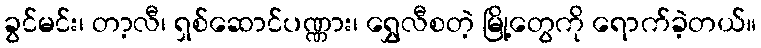
ခွင်မင်း၊ တာ့လီ၊ ရှစ်ဆောင်ပဏ္ဏား၊ ရွှေလီစတဲ့ မြို့တွေကို ရောက်ခဲ့တယ်။